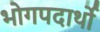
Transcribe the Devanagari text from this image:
भोगपदार्थो